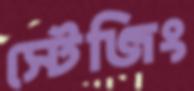
স্টেজিং